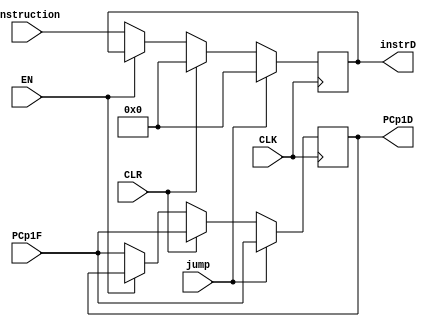
`timescale 1ns / 1ps
//////////////////////////////////////////////////////////////////////////////////
// Company: 
// Engineer: 
// 
// Design Name: 
// Module Name: pipe_ID
// Project Name: 
// Target Devices: 
// Tool Versions: 
// Description: 
// 
// Dependencies: 
// 
// Revision:
// Revision 0.01 - File Created
// Additional Comments:
// 
//////////////////////////////////////////////////////////////////////////////////


module pipe_ID(

    input CLK,EN,CLR,jump,
    input [31:0] PCp1F,
    input [31:0] instruction,
    output reg [31:0] instrD,
    output reg [31:0] PCp1D
    
    );
    
    
    always @( posedge CLK) begin
    
    if (!EN) begin
    instrD <= instruction;
    PCp1D <= PCp1F;
    end
    
    if(CLR) begin     // needs work
    instrD <= 0;
    PCp1D <= PCp1F;
    end
    
    
    if( jump) begin     // needs work
    instrD <= 0;
    PCp1D <= PCp1F;
    end
    
    
    
    
    end
    
//    always @(negedge CLK) begin
//      if (!EN) begin
//    instrD <= instruction;
//    PCp1D <= PCp1F;
//    end
    
//    if(CLR) begin     // needs work
//    instrD <= 0;
//    PCp1D <= PCp1F;
//    end
    
//    end
    
    
    
    
    
endmodule